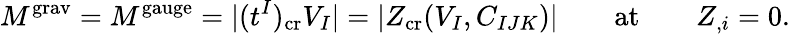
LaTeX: M^{\mathrm{grav}}=M^{\mathrm{gauge}}=|(t^{I})_{\mathrm{cr}}V_{I}|=|Z_{\mathrm{cr}}(V_{I},C_{IJK})|\qquad\mathrm{at}\qquad Z_{,i}=0.